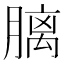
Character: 𪱩